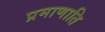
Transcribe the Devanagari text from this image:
प्रमाणाति